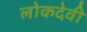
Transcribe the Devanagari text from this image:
लोकदेवी